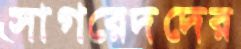
সাগরেদদের